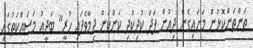
ތަންތަންކޮޅުން މަށައިގެން ދިއުން ފަދަ ކުދިކުދި ކަންކަން ދިމާވެފައި ހުރީ" ބަދީއު މަސައްކަތުގައި